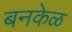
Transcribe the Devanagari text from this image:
बनकेळ